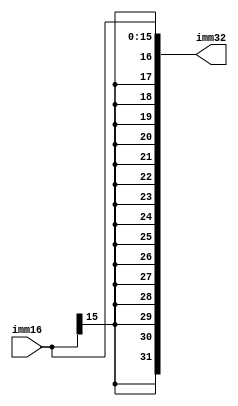
`timescale 1ns / 1ps
//////////////////////////////////////////////////////////////////////////////////
// Company: 
// Engineer: 
// 
// Design Name: 
// Module Name:    SignExtension 
// Project Name: 
// Target Devices: 
// Tool versions: 
// Description: 
//
// Dependencies: 
//
// Revision: 
// Revision 0.01 - File Created
// Additional Comments: 
//
//////////////////////////////////////////////////////////////////////////////////
module SignExtension(imm16, imm32);
	input [15:0] imm16;
	output [31:0] imm32;
	// sign extension of 16 bit constant to 32 bit
	assign imm32[31:0] = { {16{imm16[15]}},imm16[15:0] };


endmodule